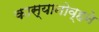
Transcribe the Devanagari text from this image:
कास्यानोव्हने